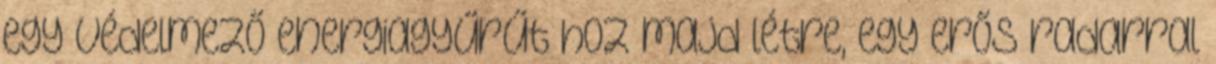
egy védelmező energiagyűrűt hoz majd létre, egy erős radarral